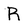
Character: R